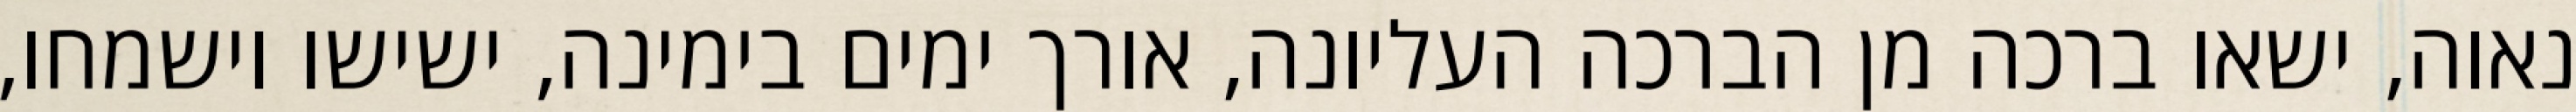
נאוה, ישאו ברכה מן הברכה העליונה, אורך ימים בימינה, ישישו וישמחו,